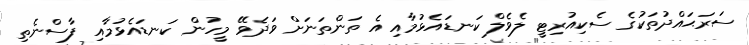
ސަރަޙައްދުތަކުގެ ސެކިއުރިޓީ ލެވެލް ކަނޑައެޅުމާއި އެ ތަންތަނަށް ވަދެވޭ މީހުން ކަނޑައެޅުމާއި ފާސްނެތި